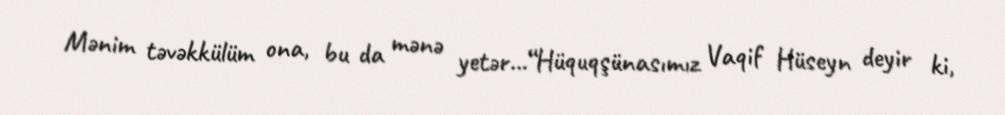
Mənim təvəkkülüm ona, bu da mənə yetər...“Hüquqşünasımız Vaqif Hüseyn deyir ki,